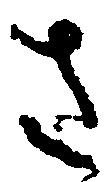
さ